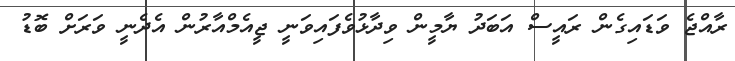
ރާއްޖެ ވަޑައިގެން ރައީސް އަބަދު ޔާމީން ވިދާޅުވެފައިވަނީ ޖީއެމްއާރުން އެދެނީ ވަރަށް ބޮޑު